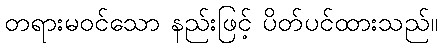
တရားမဝင်သော နည်းဖြင့် ပိတ်ပင်ထားသည်။